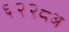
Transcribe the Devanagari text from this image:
६२२८अ